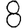
Digit: 8